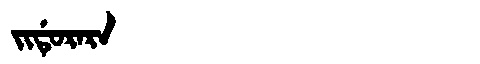
Manchu: ᠵᡳᡩᡠᡵᠠᡵᠠ
Romanization: JIDURARA